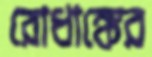
রোধাঙ্কের